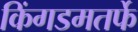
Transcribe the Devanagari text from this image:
किंगडमतर्फे